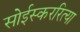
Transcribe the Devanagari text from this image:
सोईस्कररित्या